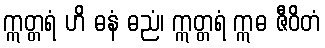
ဣတ္တရံ ဟိ ဓနံ ဓညံ၊ ဣတ္တရံ ဣဓ ဇီဝိတံ